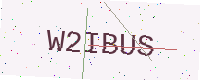
Text: W2IBUS